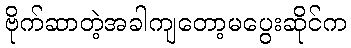
ဗိုက်ဆာတဲ့အခါကျတော့မပွေးဆိုင်က